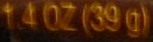
1.4 OZ (39 g)